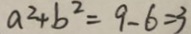
a ^ { 2 } + b ^ { 2 } = 9 - 6 = 3